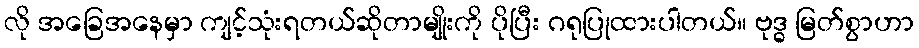
လို အခြေအနေမှာ ကျင့်သုံးရတယ်ဆိုတာမျိုးကို ပိုပြီး ဂရုပြုထားပါတယ်။ ဗုဒ္ဓ မြတ်စွာဟာ